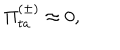
LaTeX: \Pi _ { t a } ^ { ( \pm ) } \approx 0 ,